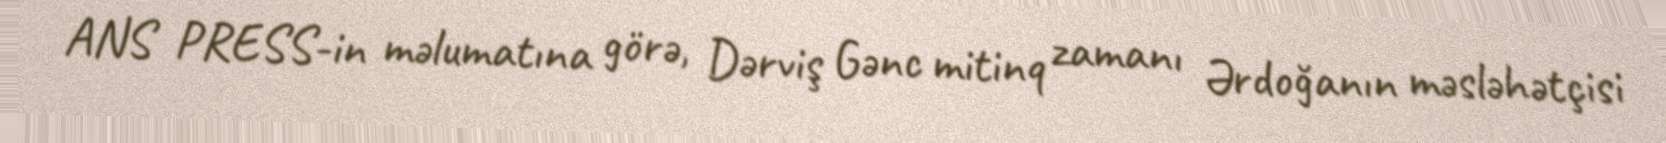
ANS PRESS-in məlumatına görə, Dərviş Gənc mitinq zamanı Ərdoğanın məsləhətçisi